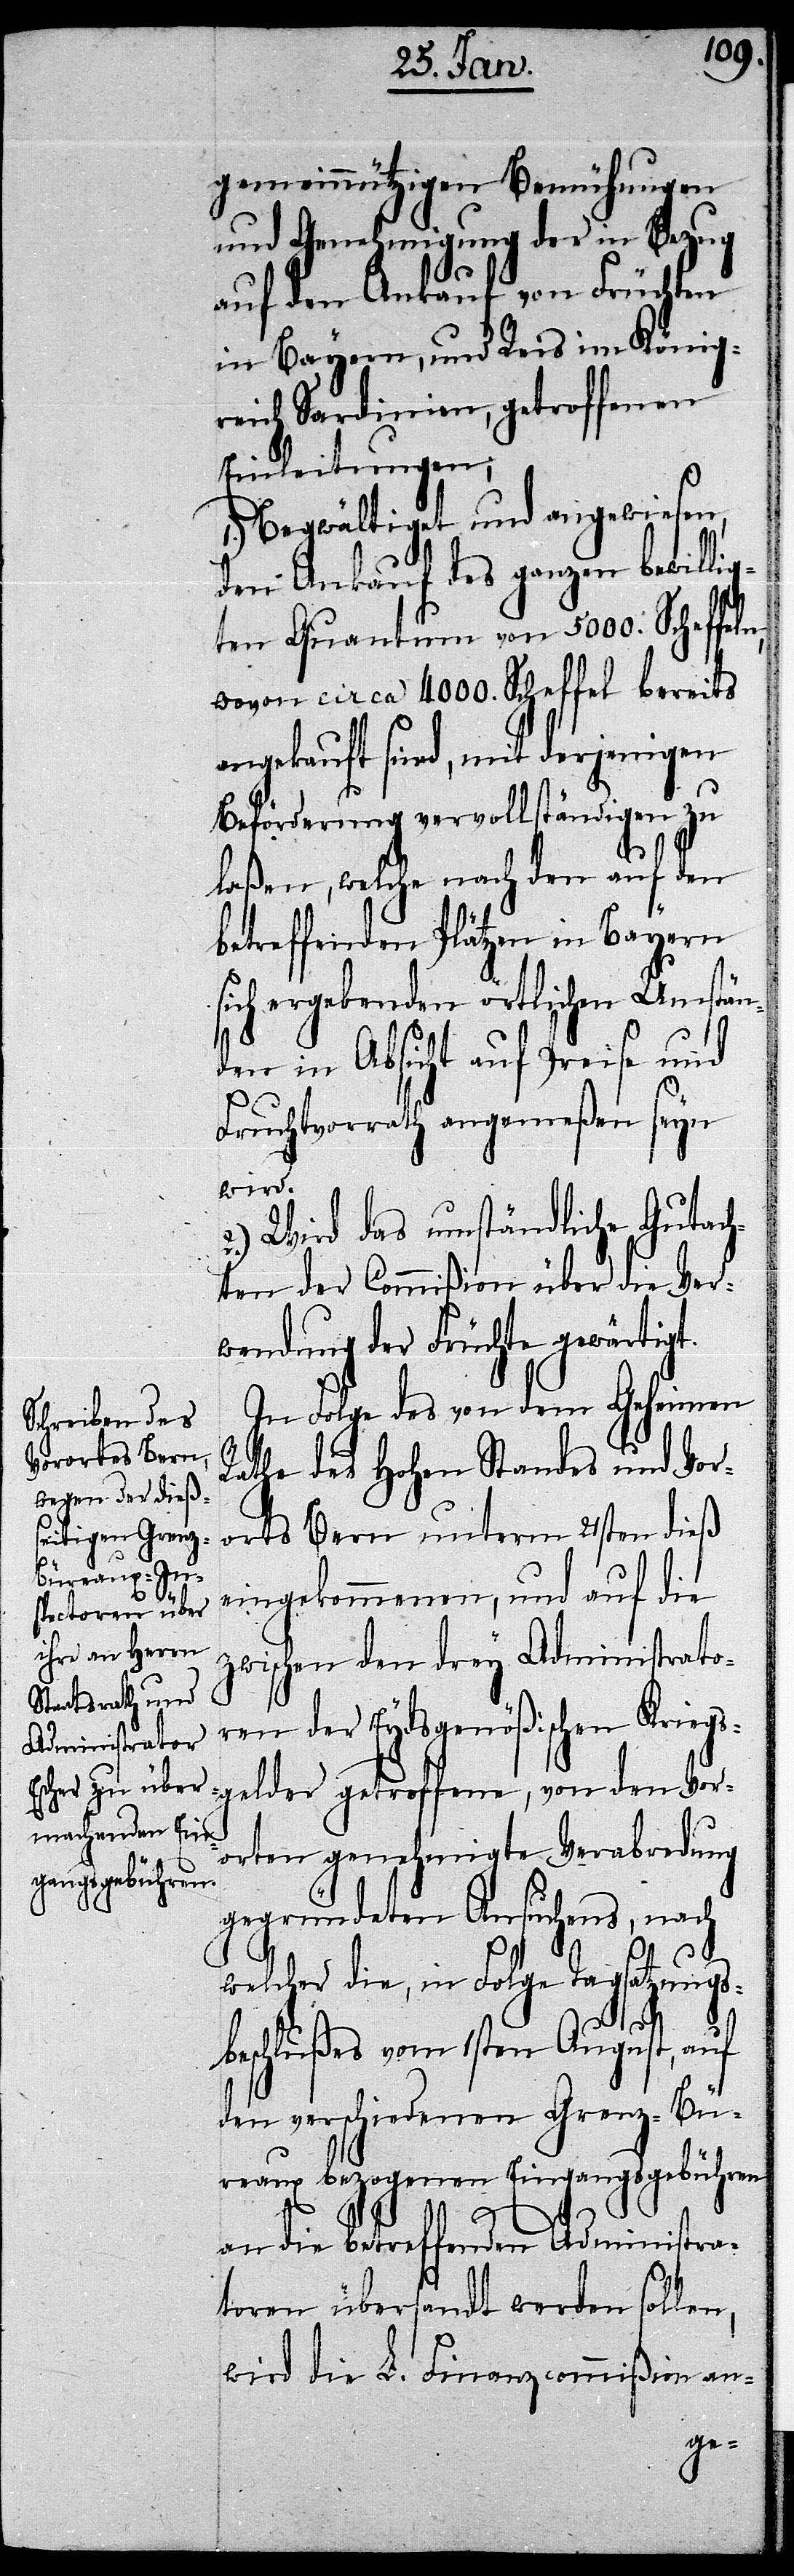
gemeinnützigen Bemühungen
und Genehmigung der in Bezug
auf den Ankauf von Früchten
in Bayern, und Reis im König¬
reich Sardinien, getroffenen
Einleitungen;
1.) Begwältiget und angewiesen,
den Ankauf des ganzen bewillig¬
ten Quantum von 5000. Scheffeln,
wovon circa 4000. Scheffel bereits
angekauft sind, mit derjenigen
Beförderung vervollständigen zu
laßen, welche nach den auf den
betreffenden Plätzen in Bayern
sich ergebenden örtlichen Umstän¬
den in Absicht auf Preise und
Fruchtvorrath angemeßen seyn
wird.
2.) Wird das umständliche Gutach¬
ten der Commißion über die Ver¬
wendung der Früchte gewärtigt.
In Folge des von dem Geheimen
Rathe des Hohen Standes und Vor¬
orts Bern unterm 21sten dieß
eingekommenen, und auf die
zwischen den drey Administrato¬
ren der Eydsgenößischen Kriegs¬
gelder getroffene, von den Vor¬
orten genehmigte Verabredung
gegründeten Ansuchens, nach
welcher die, in Folge Tagsatzungs¬
beschlußes vom 1sten August, auf
den verschiedenen Grenz-Bü¬
reaux bezogenen Eingangsgebühren
an die betreffenden Administra¬
toren übersandt werden sollen,
wird die L. Finanzcommißion an-